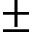
\pm